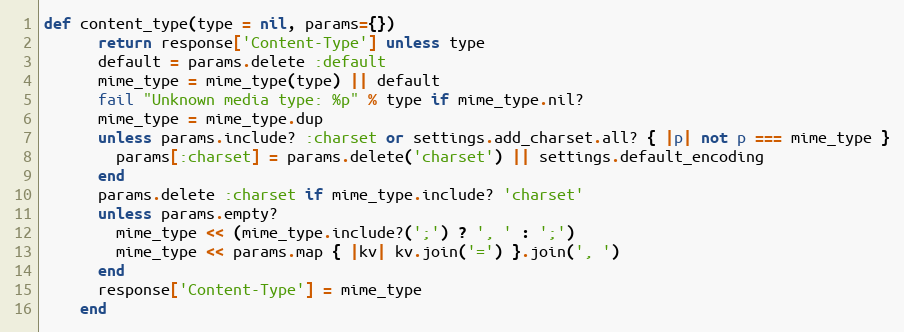
Language: Ruby
def content_type(type = nil, params={})
      return response['Content-Type'] unless type
      default = params.delete :default
      mime_type = mime_type(type) || default
      fail "Unknown media type: %p" % type if mime_type.nil?
      mime_type = mime_type.dup
      unless params.include? :charset or settings.add_charset.all? { |p| not p === mime_type }
        params[:charset] = params.delete('charset') || settings.default_encoding
      end
      params.delete :charset if mime_type.include? 'charset'
      unless params.empty?
        mime_type << (mime_type.include?(';') ? ', ' : ';')
        mime_type << params.map { |kv| kv.join('=') }.join(', ')
      end
      response['Content-Type'] = mime_type
    end